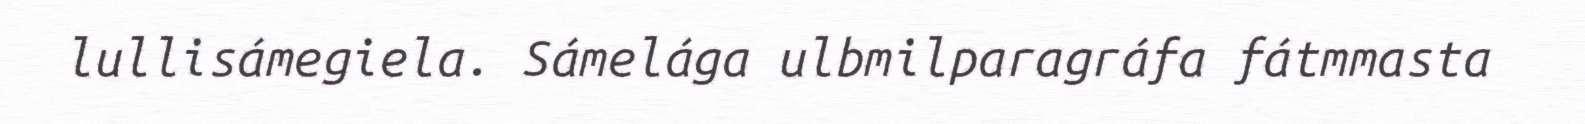
lullisámegiela. Sámelága ulbmilparagráfa fátmmasta